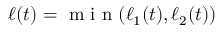
\ell ( t ) = \mathrm { ~ m ~ i ~ n ~ } ( \ell _ { 1 } ( t ) , \ell _ { 2 } ( t ) )